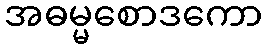
အဓမ္မစောဒကော